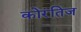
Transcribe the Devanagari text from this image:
कोरंतिज